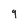
Character: 9